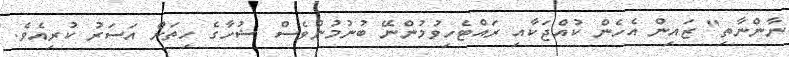
ނާންނާތި" ޒައިން އެހެން ކުއްޖަކާއި ރައްޓެހިވުމުންނޭ ބުނުމުންވެސް ޝުހާގެ ހިތަށް އަސަރު ކުރިއެވެ.